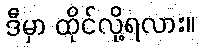
ဒီမှာ ထိုင်လို့ရလား။